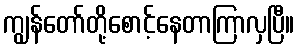
ကျွန်တော်တို့စောင့်နေတာကြာလှပြီ။